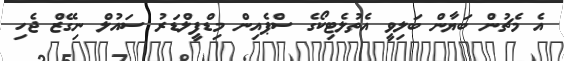
އެ މެޗުން ބަޔާން ބަލިވީ އެތުލެޓިކޯގެ ސްޕެއިން މިޑްފީލްޑަރު ސައުލް ނިގޭޒް ޖެހި